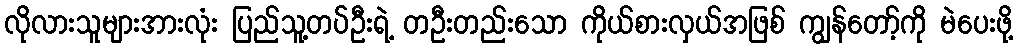
လိုလားသူများအားလုံး ပြည်သူ့တပ်ဦးရဲ့ တဦးတည်းသော ကိုယ်စားလှယ်အဖြစ် ကျွန်တော့်ကို မဲပေးဖို့